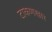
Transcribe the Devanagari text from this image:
टाकणखार